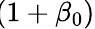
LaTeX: \! (1+\beta_{0})